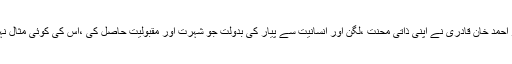
رانا دلدار احمد خان قادری نے اپنی ذاتی محنت ،لگن اور انسانیت سے پیار کی بدولت جو شہرت اور مقبولیت حاصل کی ،اس کی کوئی مثال نہیں ملتی ۔